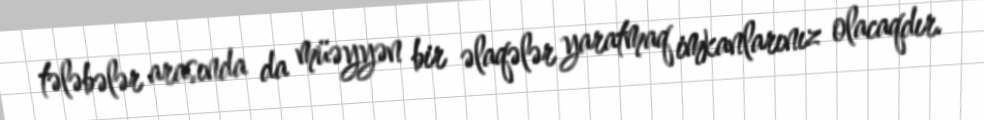
tələbələr arasında da müəyyən bir əlaqələr yaratmaq imkanlarınız olacaqdır.